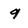
Character: 9